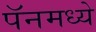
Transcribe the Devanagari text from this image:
पॅनमध्ये